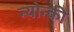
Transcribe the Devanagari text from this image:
न्योन्की